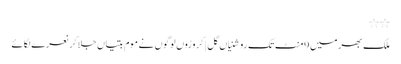
٭٭
ملک بھر میں 9منٹ تک روشنیاں گل | کروڑوں لوگوں نے موم بتیاں جلا کر نعرے لگائے